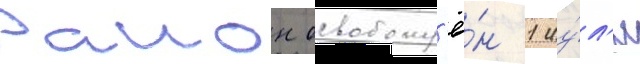
Раион освобожд'ё́н 1 иу́л'я